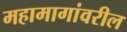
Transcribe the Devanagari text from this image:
महामागांवरील